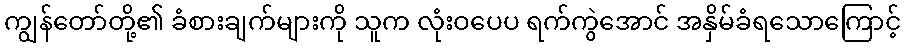
ကျွန်တော်တို့၏ ခံစားချက်များကို သူက လုံးဝပေပ ရက်ကွဲအောင် အနှိမ်ခံရသောကြောင့်